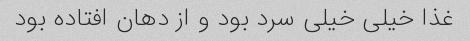
غذا خیلی خیلی سرد بود و از دهان افتاده بود